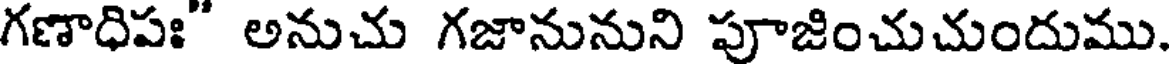
గణాధిపః" అనుచు గజానునుని పూజించుచుందుము